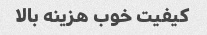
کیفیت خوب هزینه بالا